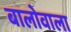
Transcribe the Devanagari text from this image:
बालोवाला